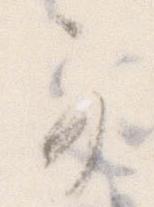
可